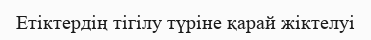
Етіктердің тігілу түріне қарай жіктелуі